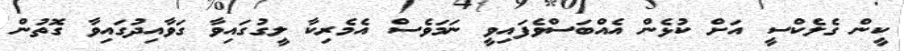
ކީން ގެލެކްސީ އަށް ކުޅެން އެއްބަސްވެފައިވީ ނަމަވެސް އެމެރިކާ ލީގުގައިވާ ގަވާއިދުގައިވާ ގޮތުން